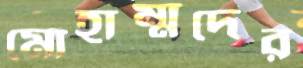
মোহাম্মদের